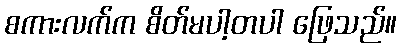
စကားလက်က စိတ်မပါ့တပါ ဖြေသည်။